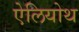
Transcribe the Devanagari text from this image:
ऐलियोथ